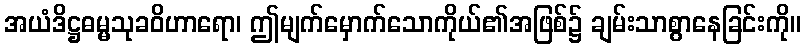
အယံဒိဋ္ဌဓမ္မသုခဝိဟာရော၊ ဤမျက်မှောက်သောကိုယ်၏အဖြစ်၌ ချမ်းသာစွာနေခြင်းကို။